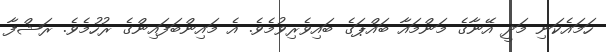
ހަމައެކަނި މަދީ އޭނާގެ މަންމައާ ބައްޕަގެ ބައިވެރިވުމެވެ. އެ މައިންބަފައިންގެ ރުހުމެވެ. ރަޝްފާ